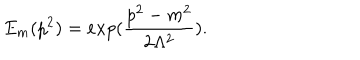
LaTeX: E _ { m } ( p ^ { 2 } ) = e x p ( \frac { p ^ { 2 } - m ^ { 2 } } { 2 \Lambda ^ { 2 } } ) .